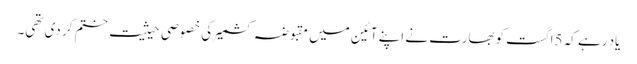
یاد رہے کہ 5اگست کوبھارت نے اپنے آئین میں مقبوضہ کشمیر کی خصوصی حیثیت ختم کر دی تھی۔